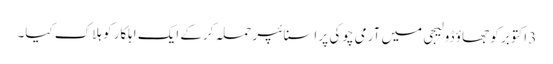
3 اکتوبر کو جھاؤ ڈولیجی میں آرمی چوکی پر اسنائپر حملہ کرکے ایک اہلکار کو ہلاک کیا۔